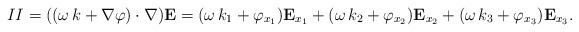
LaTeX: \begin{align*}II=((\omega\,k+\nabla \varphi)\cdot \nabla ){\bf E}&=(\omega\,k_1+\varphi_{x_1}){\bf E}_{x_1}+(\omega\,k_2+\varphi_{x_2}){\bf E}_{x_2}+(\omega\,k_3+\varphi_{x_3}){\bf E}_{x_3}.\end{align*}